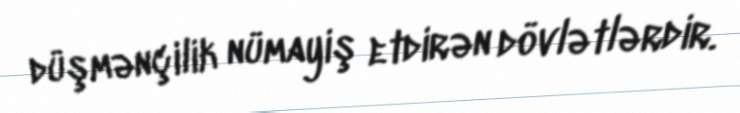
düşmənçilik nümayiş etdirən dövlətlərdir.